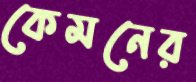
কেমনের